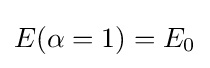
{\textstyle E(\alpha =1)=E_{0}}